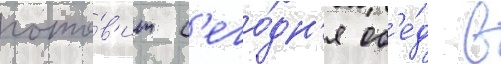
гото́в'ит с'его́дн'я об'е́д в